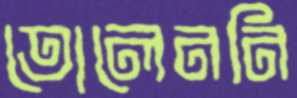
তোলেননি